Leaving Certificate Examination (including Day School Certificate (Higher) General paper), 1935
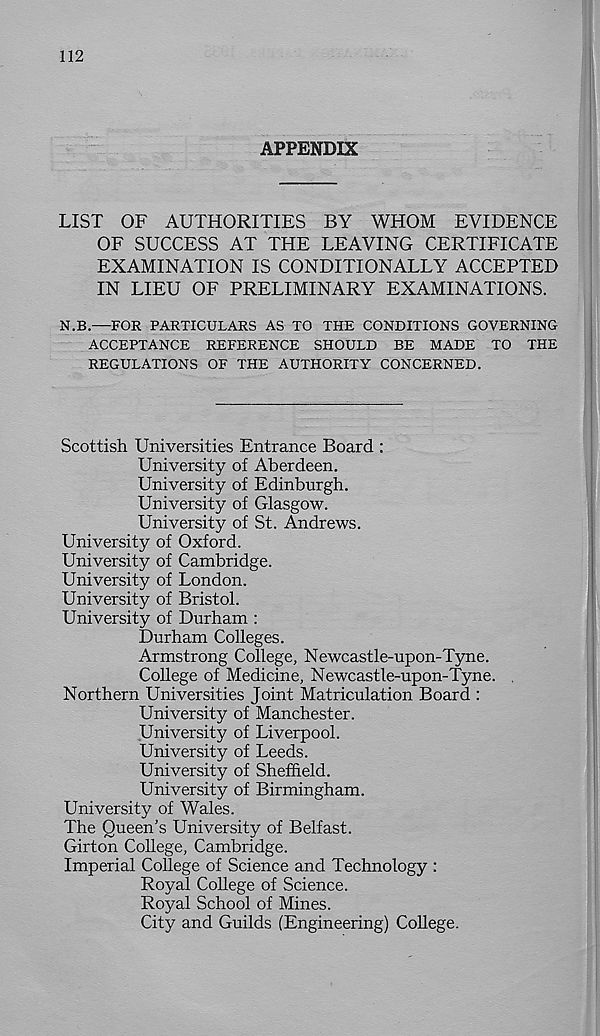
112
APPENDIX
LIST OF AUTHORITIES BY WHOM EVIDENCE
OF SUCCESS AT THE LEAVING CERTIFICATE
EXAMINATION IS CONDITIONALLY ACCEPTED
IN LIEU OF PRELIMINARY EXAMINATIONS.
N.B.—FOR PARTICULARS AS TO THE CONDITIONS GOVERNING
ACCEPTANCE REFERENCE SHOULD BE MADE TO THE
REGULATIONS OF THE AUTHORITY CONCERNED.
Scottish Universities Entrance Board :
University of Aberdeen.
University of Edinburgh.
University of Glasgow.
University of St. Andrews.
University of Oxford.
University of Cambridge.
University of London.
University of Bristol.
University of Durham :
Durham Colleges.
Armstrong College, Newcastle-upon-Tyne.
College of Medicine, Newcastle-upon-Tyne.
Northern Universities Joint Matriculation Board :
University of Manchester.
University of Liverpool.
University of Leeds.
University of Sheffield.
University of Birmingham.
University of Wales.
The Queen’s University of Belfast.
Girton College, Cambridge.
Imperial College of Science and Technology :
Royal College of Science.
Royal School of Mines.
City and Guilds (Engineering) College.